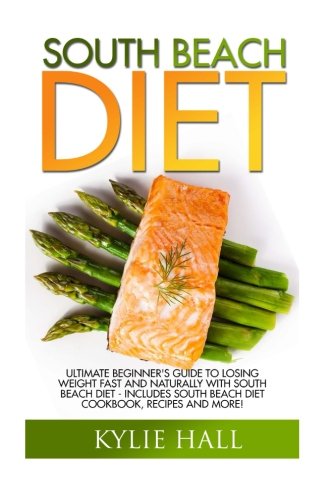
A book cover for South Beach Diet: Ultimate Beginner's Guide To Losing Weight Fast And Naturally With South Beach Diet - Includes South Beach Diet Cookbook, Recipes ... Carbohydrate Living, Low Carb, Gluten-Free); Kylie Hall; Health, Fitness & Dieting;